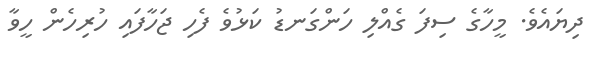
ދިޔައެވެ. މީހާގެ ސިފަ ގެއްލި ހަންގަނޑު ކަޅުވެ ފެހި ޖަހާފައި ހުރިހެން ހީވާ